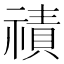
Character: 𮂒